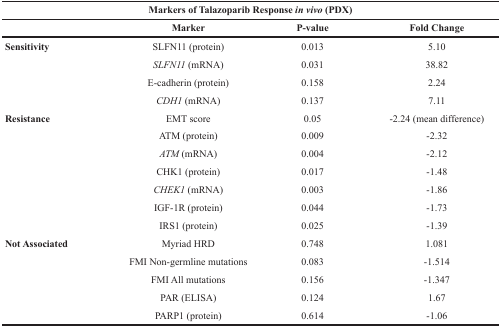
<table><thead><tr><td colspan="4"><b>Markers of Talazoparib Response <i>in vivo</i> (PDX)</b></td></tr><tr><td></td><td><b>Marker</b></td><td><b>P-value</b></td><td><b>Fold Change</b></td></tr></thead><tbody><tr><td><b>Sensitivity</b></td><td>SLFN11 (protein)</td><td>0.013</td><td>5.10</td></tr><tr><td></td><td><i>SLFN11</i> (mRNA)</td><td>0.031</td><td>38.82</td></tr><tr><td></td><td>E-cadherin (protein)</td><td>0.158</td><td>2.24</td></tr><tr><td></td><td><i>CDH1</i> (mRNA)</td><td>0.137</td><td>7.11</td></tr><tr><td><b>Resistance</b></td><td>EMT score</td><td>0.05</td><td>−2.24(mean difference)</td></tr><tr><td></td><td>ATM (protein)</td><td>0.009</td><td>−2.32</td></tr><tr><td></td><td><i>ATM</i> (mRNA)</td><td>0.004</td><td>−2.12</td></tr><tr><td></td><td>CHK1 (protein)</td><td>0.017</td><td>−1.48</td></tr><tr><td></td><td><i>CHEK1</i> (mRNA)</td><td>0.003</td><td>−1.86</td></tr><tr><td></td><td>IGF-1R (protein)</td><td>0.044</td><td>−1.73</td></tr><tr><td></td><td>IRS1 (protein)</td><td>0.025</td><td>−1.39</td></tr><tr><td><b>Not Associated</b></td><td>Myriad HRD</td><td>0.748</td><td>1.081</td></tr><tr><td></td><td>FMI Non-germline mutations</td><td>0.083</td><td>−1.514</td></tr><tr><td></td><td>FMI All mutations</td><td>0.156</td><td>−1.347</td></tr><tr><td></td><td>PAR (ELISA)</td><td>0.124</td><td>1.67</td></tr><tr><td></td><td>PARP1 (protein)</td><td>0.614</td><td>−1.06</td></tr></tbody></table>